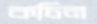
কচিন